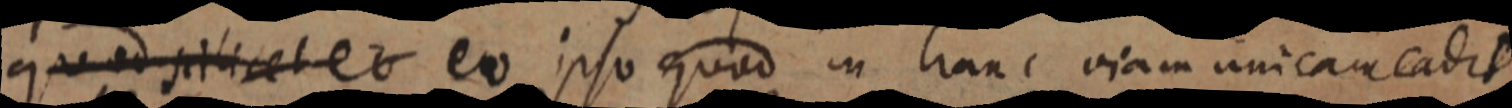
quod scilicet eo eo ipso quod in lranc viam unicam eadit